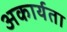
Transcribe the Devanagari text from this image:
अकार्यता